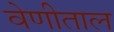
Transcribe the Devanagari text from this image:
वेणीताल